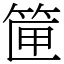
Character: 筪